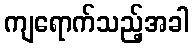
ကျရောက်သည့်အခါ